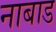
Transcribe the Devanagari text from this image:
नाबाड